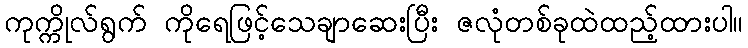
ကုက္ကိုလ်ရွက် ကိုရေဖြင့်သေချာဆေးပြီး ဇလုံတစ်ခုထဲထည့်ထားပါ။